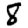
Digit: 8